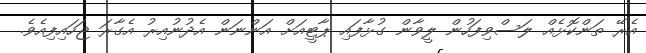
އެރޭ ތަންކޮޅެއް ލަސްވިފަހުން ލީވާން ގުޅާފައި ޕާޓީއަށް އަންނަން އެދުނުއިރު އެގާރަ ޖަހައިފިއެވެ.